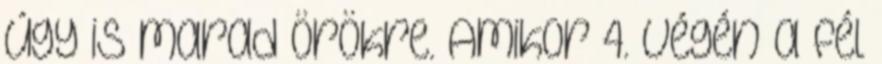
úgy is marad örökre. Amikor 4. végén a fél